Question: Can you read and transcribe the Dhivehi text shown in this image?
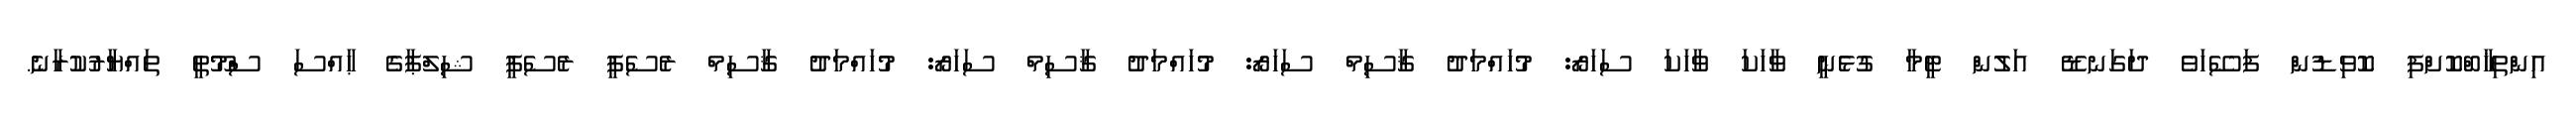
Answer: އިންތިޚާބްކޮށްފި ކޮވިޑުން ފަސޭހަވެ ދަގަނޑޭ އަލުން ޓީމާ ގުޅެނީ ވާހަކަ ވާހަކަ ސަހަރޯ: މުހައްމަދު ޤާސިމް ސަހަރޯ: މުހައްމަދު ޤާސިމް ސަހަރޯ: މުހައްމަދު ޤާސިމް ރެސެޕީ ރެސެޕީ ޝިލްޕާގެ ޙާއްސަ ސްމޫތީ ތައްޔާރުކުރާނެ.